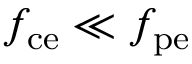
f _ { \mathrm { c e } } \ll f _ { \mathrm { p e } }